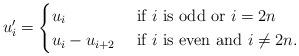
LaTeX: \begin{align*}u'_{i}=\begin{cases}u_{i} & \textrm{ if }i\textrm{ is odd or }i=2n\\u_{i}-u_{i+2} & \textrm{ if }i\textrm{ is even and }i\neq2n.\end{cases}\end{align*}